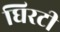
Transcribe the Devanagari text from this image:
घिरटी